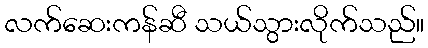
လက်ဆေးကန်ဆီ သယ်သွားလိုက်သည်။